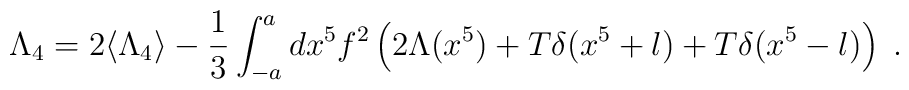
\Lambda_4 = 2\langle \Lambda_4 \rangle             -\frac{1}{3}\int_{-a}^a dx^5 f^2 \left( 2\Lambda(x^5)             +T\delta(x^5+l)+T\delta(x^5-l)\right) \; .